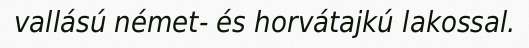
vallású német- és horvátajkú lakossal.